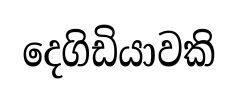
දෙගිඩියාවකි